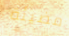
مضيئة